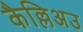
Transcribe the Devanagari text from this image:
कैल्लिअउ